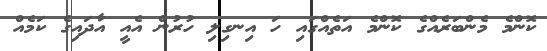
ކޮންމެ މެންބަރެއްގެ ކޮންމެ އަތެއްގައި ހަ އިނގިލި ހުރުން އެއީ އާދައިގެ ކަމެއް